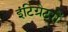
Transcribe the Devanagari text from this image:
इंटिग्रेटरों